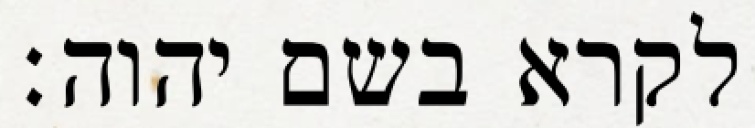
לקרא בשם יהוה׃